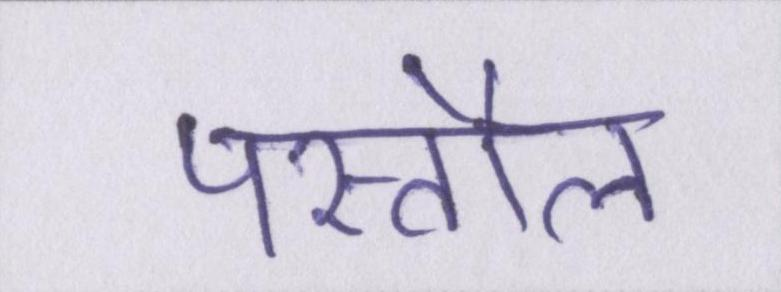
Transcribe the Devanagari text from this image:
पस्तौल